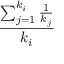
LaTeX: \frac { \sum _ { j = 1 } ^ { k _ { i } } { \frac { 1 } { k _ { j } } } } { k _ { i } }